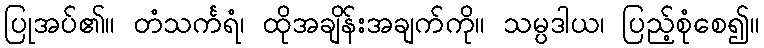
ပြုအပ်၏။ တံသင်္ကရံ၊ ထိုအချိန်းအချက်ကို။ သမ္ပဒါယ၊ ပြည့်စုံစေ၍။